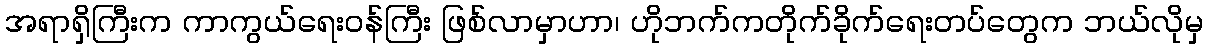
အရာရှိကြီးက ကာကွယ်ရေးဝန်ကြီး ဖြစ်လာမှာဟာ၊ ဟိုဘက်ကတိုက်ခိုက်ရေးတပ်တွေက ဘယ်လိုမှ